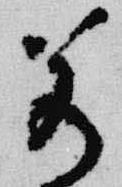
若